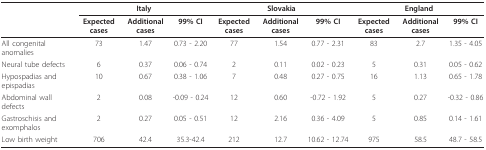
|  | <COLSPAN=3> Italy | <COLSPAN=3> Slovakia | <COLSPAN=3> England |
 |  | Expected cases | Additional cases | 99% CI | Expected cases | Additional cases | 99% CI | Expected cases | Additional cases | 99% CI |
 | --- | --- | --- | --- | --- | --- | --- | --- | --- | --- |
 | All congenital anomalies | 73 | 1.47 | 0.73 - 2.20 | 77 | 1.54 | 0.77 - 2.31 | 83 | 2.7 | 1.35 - 4.05 |
 | Neural tube defects | 6 | 0.37 | 0.06 - 0.74 | 2 | 0.11 | 0.02 - 0.23 | 5 | 0.31 | 0.05 - 0.62 |
 | Hypospadias and epispadias | 10 | 0.67 | 0.38 - 1.06 | 7 | 0.48 | 0.27 - 0.75 | 16 | 1.13 | 0.65 - 1.78 |
 | Abdominal wall defects | 2 | 0.08 | -0.09 - 0.24 | 12 | 0.60 | -0.72 - 1.92 | 5 | 0.27 | -0.32 - 0.86 |
 | Gastroschisis and exomphalos | 2 | 0.27 | 0.05 - 0.51 | 12 | 2.16 | 0.36 - 4.09 | 5 | 0.85 | 0.14 - 1.61 |
 | Low birth weight | 706 | 42.4 | 35.3-42.4 | 212 | 12.7 | 10.62 - 12.74 | 975 | 58.5 | 48.7 - 58.5 |